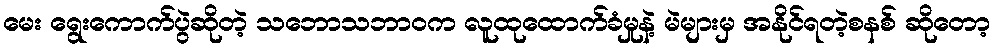
မေး ရွေးကောက်ပွဲဆိုတဲ့ သဘောသဘာဝက လူထုထောက်ခံမှုနဲ့ မဲများမှ အနိုင်ရတဲ့စနစ် ဆိုတော့